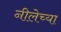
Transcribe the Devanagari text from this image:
नीलेच्या